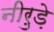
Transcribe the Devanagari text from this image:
नीरुड़े